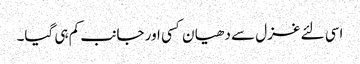
اسی لئے غزل سے دھیا ن کسی اور جانب کم ہی گیا۔